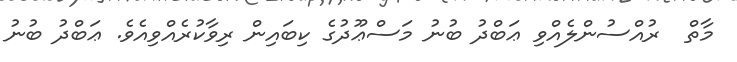
މާތް  ރުއްސުންލެއްވި ޢަބްދު ބުނު މަސްޢޫދުގެ ކިބައިން ރިވާކުރެއްވިއެވެ. ޢަބްދު ބުނު